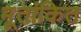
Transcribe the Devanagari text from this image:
मूतांकित